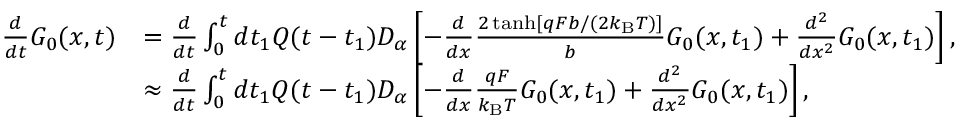
\begin{array} { r l } { \frac { d } { d t } G _ { 0 } ( x , t ) } & { = \frac { d } { d t } \int _ { 0 } ^ { t } d t _ { 1 } Q ( t - t _ { 1 } ) D _ { \alpha } \left[ - \frac { d } { d x } \frac { 2 \operatorname { t a n h } [ q F b / ( 2 k _ { \mathrm { B } } T ) ] } { b } G _ { 0 } ( x , t _ { 1 } ) + \frac { d ^ { 2 } } { d x ^ { 2 } } G _ { 0 } ( x , t _ { 1 } ) \right] , } \\ & { \approx \frac { d } { d t } \int _ { 0 } ^ { t } d t _ { 1 } Q ( t - t _ { 1 } ) D _ { \alpha } \left[ - \frac { d } { d x } \frac { q F } { k _ { \mathrm { B } } T } G _ { 0 } ( x , t _ { 1 } ) + \frac { d ^ { 2 } } { d x ^ { 2 } } G _ { 0 } ( x , t _ { 1 } ) \right] , } \end{array}